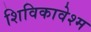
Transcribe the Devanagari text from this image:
शिविकावेश्म